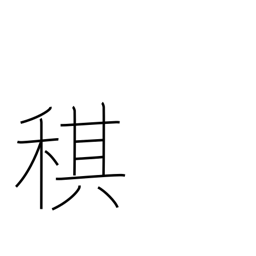
Meaning: one year